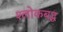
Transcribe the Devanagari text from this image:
श्लाेकबद्ध